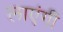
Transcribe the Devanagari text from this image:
लाएंगीं